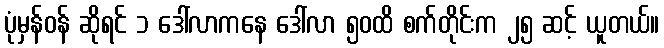
ပုံမှန်ဝန် ဆိုရင် ၁ ဒေါ်လာကနေ ဒေါ်လာ ၅၀ထိ စက်တိုင်းက ၂၅ ဆင့် ယူတယ်။